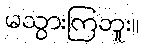
မသွားကြဘူး။